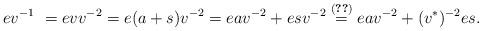
LaTeX: \begin{align*} ev^{-1} &~=evv^{-2}=e(a+s)v^{-2}=eav^{-2}+esv^{-2}\stackrel{(\ref{2.9})}{=}eav^{-2}+(v^{\ast})^{-2}es.\end{align*}